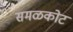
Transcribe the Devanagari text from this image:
समळकोट